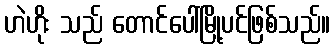
ဟဲဟိုး သည် တောင်ပေါ်မြို့ပင်ဖြစ်သည်။